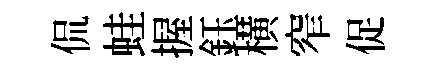
侃蛙握鈺横窄促